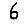
Digit: 6